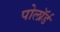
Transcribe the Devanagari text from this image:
पोलॉर्ड